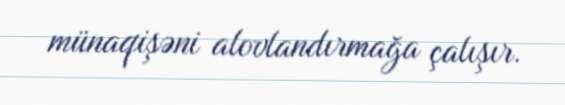
münaqişəni alovlandırmağa çalışır.